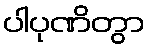
ပါပုဏိတွာ